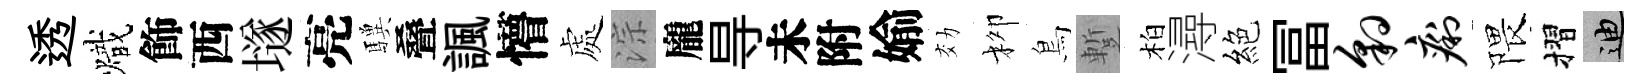
透熾飾西𡑞亮驥叠諷懵處淙龐㝵未附媮効柳鳥蹔柏潯絕冨豹痢隈摺迪